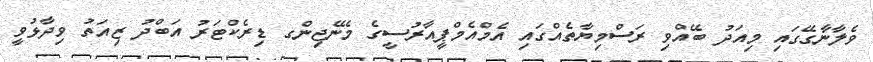
ވެލާނާގޭގައި މިއަދު ބޭއްވި ރަސްމިޔާތެއްގައި އެމްއެމްޕީއާރުސީގެ މެނޭޖިންގ ޑިރެކްޓަރު އަބްދު ޒިއަތު ވިދާޅުވީ